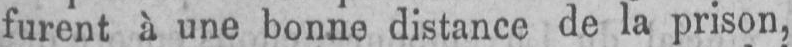
furent à une bonne distance de la prison,